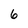
Character: 6